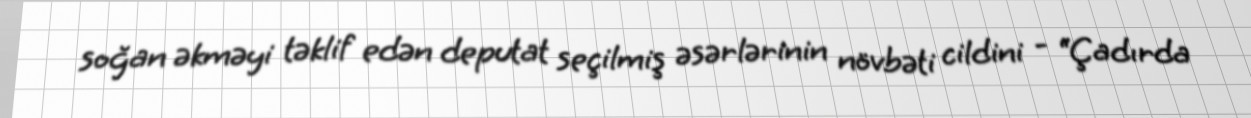
soğan əkməyi təklif edən deputat seçilmiş əsərlərinin növbəti cildini - “Çadırda